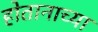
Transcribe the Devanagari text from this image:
होतानाच्या